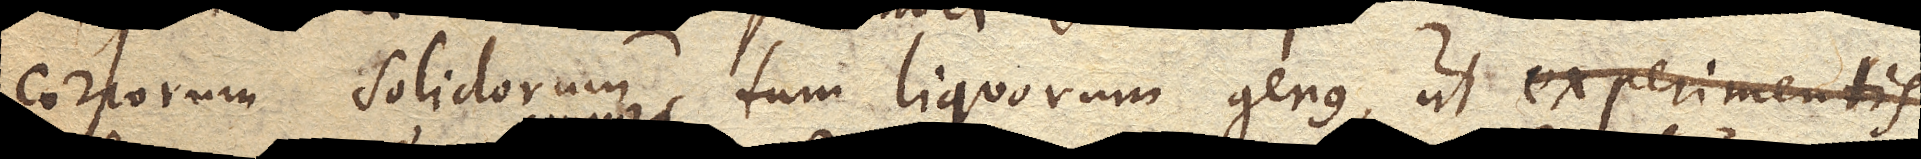
corporum solidorum, tum liquorum genus, ut experimentis